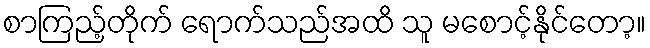
စာကြည့်တိုက် ရောက်သည်အထိ သူ မစောင့်နိုင်တော့။